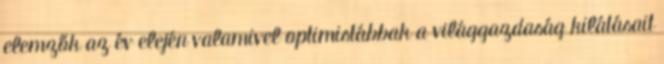
elemzők az év elején valamivel optimistábbak a világgazdaság kilátásait